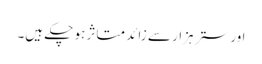
اور ستر ہزار سے زائد متاثر ہو چکے ہیں۔